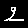
Digit: 2